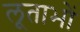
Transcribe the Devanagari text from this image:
लूताभों